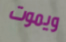
ويموت